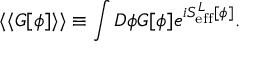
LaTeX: \langle \langle G [ \phi ] \rangle \rangle \equiv \int { \cal D } \phi G [ \phi ] e ^ { i S _ { \mathrm { e f f } } ^ { L } [ \phi ] } .